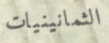
الثمانينيات